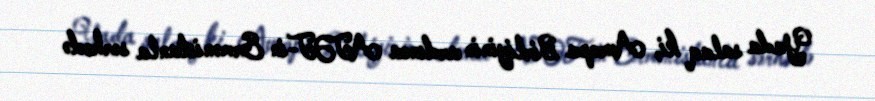
Yada salaq ki, Avropa Birliyinin ardınca ATƏT-in Ermənistanla sərhədə